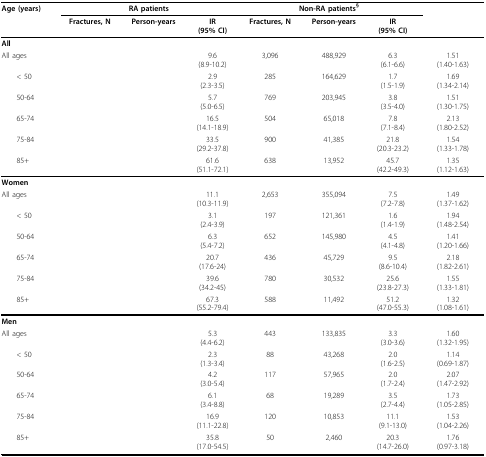
<table><thead><tr><td><b>Age (years)</b></td><td colspan="3"><b>RA patients</b></td><td colspan="3"><b>Non-RA patients<sup>§</sup></b></td><td>[EMPTY_CELL]</td></tr><tr><td>[EMPTY_CELL]</td><td><b>Fractures, N</b></td><td><b>Person-years</b></td><td><b>IR(95% CI)</b></td><td><b>Fractures, N</b></td><td><b>Person-years</b></td><td><b>IR(95% CI)</b></td><td>[EMPTY_CELL]</td></tr></thead><tbody><tr><td><b>All</b></td><td>[EMPTY_CELL]</td><td>[EMPTY_CELL]</td><td>[EMPTY_CELL]</td><td>[EMPTY_CELL]</td><td>[EMPTY_CELL]</td><td>[EMPTY_CELL]</td><td>[EMPTY_CELL]</td></tr><tr><td>All ages</td><td>[EMPTY_CELL]</td><td>[EMPTY_CELL]</td><td>9.6(8.9-10.2)</td><td>3,096</td><td>488,929</td><td>6.3(6.1-6.6)</td><td>1.51(1.40-1.63)</td></tr><tr><td> &lt; 50</td><td>[EMPTY_CELL]</td><td>[EMPTY_CELL]</td><td>2.9(2.3-3.5)</td><td>285</td><td>164,629</td><td>1.7(1.5-1.9)</td><td>1.69(1.34-2.14)</td></tr><tr><td> 50-64</td><td>[EMPTY_CELL]</td><td>[EMPTY_CELL]</td><td>5.7(5.0-6.5)</td><td>769</td><td>203,945</td><td>3.8(3.5-4.0)</td><td>1.51(1.30-1.75)</td></tr><tr><td> 65-74</td><td>[EMPTY_CELL]</td><td>[EMPTY_CELL]</td><td>16.5(14.1-18.9)</td><td>504</td><td>65,018</td><td>7.8(7.1-8.4)</td><td>2.13(1.80-2.52)</td></tr><tr><td> 75-84</td><td>[EMPTY_CELL]</td><td>[EMPTY_CELL]</td><td>33.5(29.2-37.8)</td><td>900</td><td>41,385</td><td>21.8(20.3-23.2)</td><td>1.54(1.33-1.78)</td></tr><tr><td> 85+</td><td>[EMPTY_CELL]</td><td>[EMPTY_CELL]</td><td>61.6(51.1-72.1)</td><td>638</td><td>13,952</td><td>45.7(42.2-49.3)</td><td>1.35(1.12-1.63)</td></tr><tr><td><b>Women</b></td><td>[EMPTY_CELL]</td><td>[EMPTY_CELL]</td><td>[EMPTY_CELL]</td><td>[EMPTY_CELL]</td><td>[EMPTY_CELL]</td><td>[EMPTY_CELL]</td><td>[EMPTY_CELL]</td></tr><tr><td>All ages</td><td>[EMPTY_CELL]</td><td>[EMPTY_CELL]</td><td>11.1(10.3-11.9)</td><td>2,653</td><td>355,094</td><td>7.5(7.2-7.8)</td><td>1.49(1.37-1.62)</td></tr><tr><td> &lt; 50</td><td>[EMPTY_CELL]</td><td>[EMPTY_CELL]</td><td>3.1(2.4-3.9)</td><td>197</td><td>121,361</td><td>1.6(1.4-1.9)</td><td>1.94(1.48-2.54)</td></tr><tr><td> 50-64</td><td>[EMPTY_CELL]</td><td>[EMPTY_CELL]</td><td>6.3(5.4-7.2)</td><td>652</td><td>145,980</td><td>4.5(4.1-4.8)</td><td>1.41(1.20-1.66)</td></tr><tr><td> 65-74</td><td>[EMPTY_CELL]</td><td>[EMPTY_CELL]</td><td>20.7(17.6-24)</td><td>436</td><td>45,729</td><td>9.5(8.6-10.4)</td><td>2.18(1.82-2.61)</td></tr><tr><td> 75-84</td><td>[EMPTY_CELL]</td><td>[EMPTY_CELL]</td><td>39.6(34.2-45)</td><td>780</td><td>30,532</td><td>25.6(23.8-27.3)</td><td>1.55(1.33-1.81)</td></tr><tr><td> 85+</td><td>[EMPTY_CELL]</td><td>[EMPTY_CELL]</td><td>67.3(55.2-79.4)</td><td>588</td><td>11,492</td><td>51.2(47.0-55.3)</td><td>1.32(1.08-1.61)</td></tr><tr><td><b>Men</b></td><td>[EMPTY_CELL]</td><td>[EMPTY_CELL]</td><td>[EMPTY_CELL]</td><td>[EMPTY_CELL]</td><td>[EMPTY_CELL]</td><td>[EMPTY_CELL]</td><td>[EMPTY_CELL]</td></tr><tr><td>All ages</td><td>[EMPTY_CELL]</td><td>[EMPTY_CELL]</td><td>5.3(4.4-6.2)</td><td>443</td><td>133,835</td><td>3.3(3.0-3.6)</td><td>1.60(1.32-1.95)</td></tr><tr><td> &lt; 50</td><td>[EMPTY_CELL]</td><td>[EMPTY_CELL]</td><td>2.3(1.3-3.4)</td><td>88</td><td>43,268</td><td>2.0(1.6-2.5)</td><td>1.14(0.69-1.87)</td></tr><tr><td> 50-64</td><td>[EMPTY_CELL]</td><td>[EMPTY_CELL]</td><td>4.2(3.0-5.4)</td><td>117</td><td>57,965</td><td>2.0(1.7-2.4)</td><td>2.07(1.47-2.92)</td></tr><tr><td> 65-74</td><td>[EMPTY_CELL]</td><td>[EMPTY_CELL]</td><td>6.1(3.4-8.8)</td><td>68</td><td>19,289</td><td>3.5(2.7-4.4)</td><td>1.73(1.05-2.85)</td></tr><tr><td> 75-84</td><td>[EMPTY_CELL]</td><td>[EMPTY_CELL]</td><td>16.9(11.1-22.8)</td><td>120</td><td>10,853</td><td>11.1(9.1-13.0)</td><td>1.53(1.04-2.26)</td></tr><tr><td> 85+</td><td>[EMPTY_CELL]</td><td>[EMPTY_CELL]</td><td>35.8(17.0-54.5)</td><td>50</td><td>2,460</td><td>20.3(14.7-26.0)</td><td>1.76(0.97-3.18)</td></tr></tbody></table>